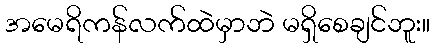
အမေရိကန်လက်ထဲမှာဘဲ မရှိစေချင်ဘူး။